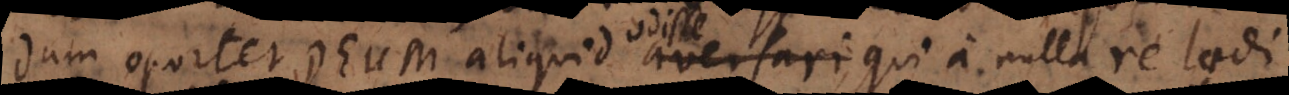
dum oportet Deum aliquid odisse, qui a nulla re laedi